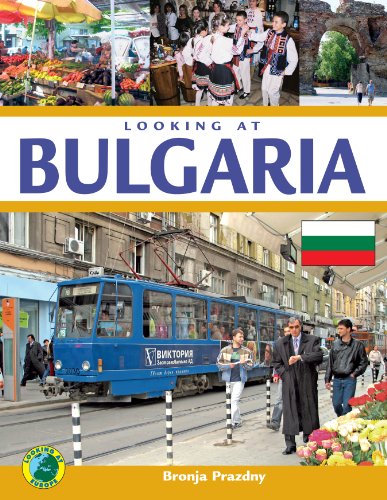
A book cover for Looking at Bulgaria (Looking at Europe); Bronja Prazdny; Travel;